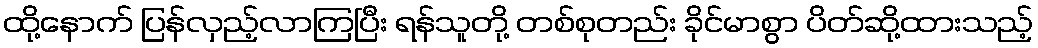
ထို့နောက် ပြန်လှည့်လာကြပြီး ရန်သူတို့ တစ်စုတည်း ခိုင်မာစွာ ပိတ်ဆို့ထားသည့်